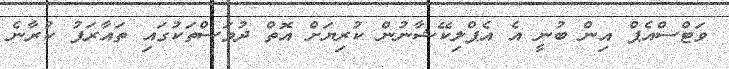
ވަޓްސްއެޕް އިން ބުނީ އެ އެޕްލިކޭޝާނުން ކުރިޔަށް އޮތް ދުވަސްތަކުގައި ތައާރަފު ކުރާނެ